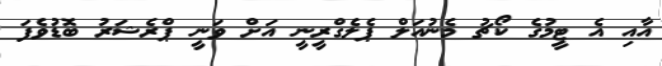
އާއި އެ ޓީމުގެ ކޯޗު މެނުއަލް ޕެލެގްރީނީ އަށް ވަނީ ޕްރެޝަރު ބޮޑުވެފަ